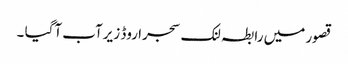
قصور میں رابطہ لنک سجرا روڈ زیرآب آگیا ۔